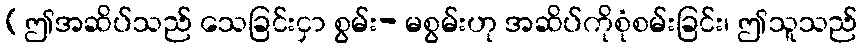
(ဤအဆိပ်သည် သေခြင်းငှာ စွမ်း- မစွမ်းဟု အဆိပ်ကိုစုံစမ်းခြင်း၊ ဤသူသည်